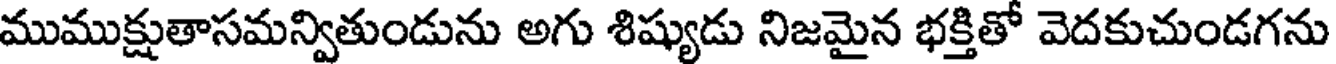
ముముక్షుతాసమన్వితుండును అగు శిష్యుడు నిజమైన భక్తితో వెదకుచుండగను